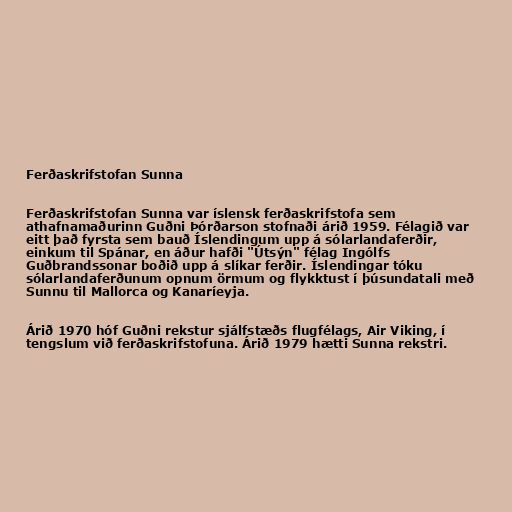
Ferðaskrifstofan Sunna

Ferðaskrifstofan Sunna var íslensk ferðaskrifstofa sem
athafnamaðurinn Guðni Þórðarson stofnaði árið 1959. Félagið var
eitt það fyrsta sem bauð Íslendingum upp á sólarlandaferðir,
einkum til Spánar, en áður hafði "Útsýn" félag Ingólfs
Guðbrandssonar boðið upp á slíkar ferðir. Íslendingar tóku
sólarlandaferðunum opnum örmum og flykktust í þúsundatali með
Sunnu til Mallorca og Kanaríeyja.

Árið 1970 hóf Guðni rekstur sjálfstæðs flugfélags, Air Viking, í
tengslum við ferðaskrifstofuna. Árið 1979 hætti Sunna rekstri.